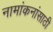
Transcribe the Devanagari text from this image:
नामांकनांसाठी